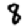
Digit: 8